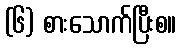
(၆) စားသောက်ပြီးစ။